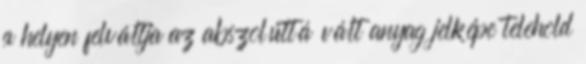
a helyen felváltja az abszolúttá vált anyag jelképe telehold